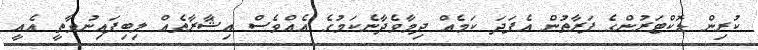
ކުރިން ޑޮކްޓަރުންގެ ފަރާތުން އެފަދަ ކަމެއް ދިމާވެދާނެކަމުގެ އެއްވެސް އިޝާރާތެއް ލިބިފައިނުވާތީ އެއީ